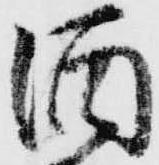
酒